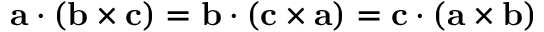
\mathbf { a } \cdot ( \mathbf { b } \times \mathbf { c } ) = \mathbf { b } \cdot ( \mathbf { c } \times \mathbf { a } ) = \mathbf { c } \cdot ( \mathbf { a } \times \mathbf { b } )